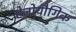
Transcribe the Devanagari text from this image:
ऐज़ोयौगिक